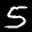
Label: 5